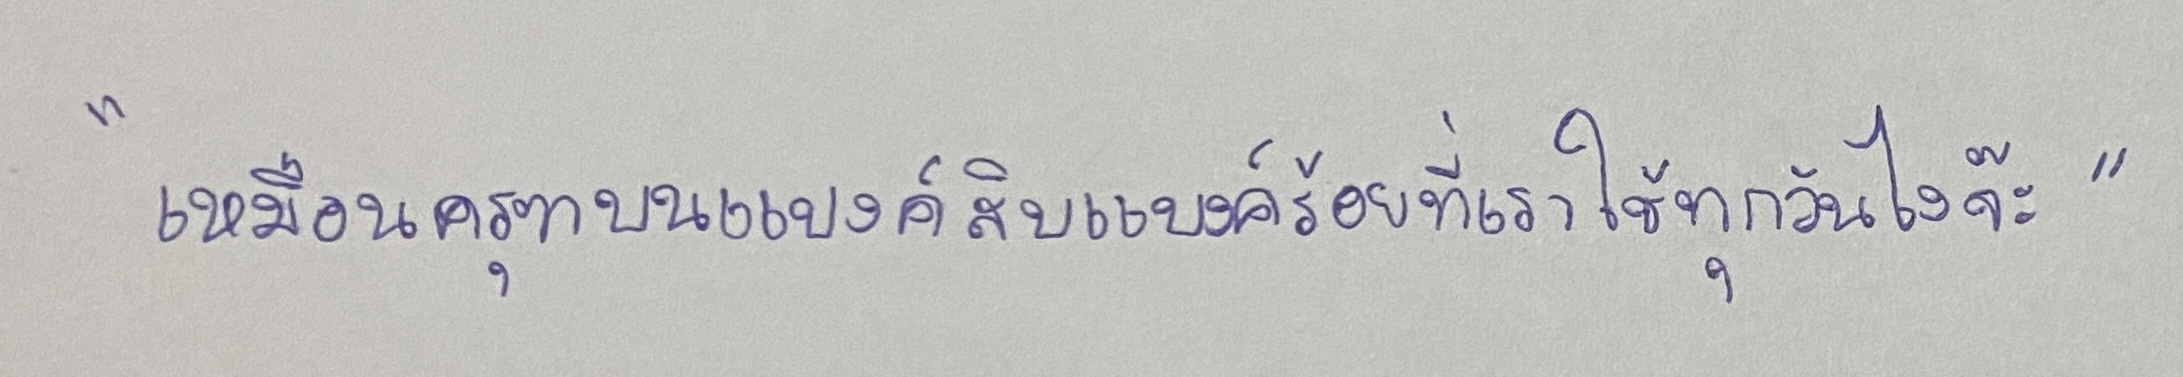
"เหมือนครุฑบนแบงค์สิบแบงค์ร้อยที่เราใช้ทุกวันไงจ๊ะ"